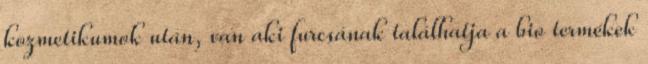
kozmetikumok után, van aki furcsának találhatja a bio termékek